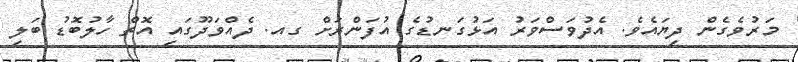
މަރުވެގެން ދިޔައެވެ. އެދުވަސްވަރު އަޅުގަނޑުގެ އުފަންރަށް ގއ. ދެއްވަދޫގައި އޮތް ހާލުބޮޑު ބަލި